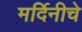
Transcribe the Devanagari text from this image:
मर्दिनीचे